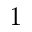
1